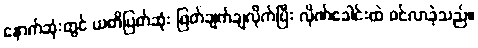
နောက်ဆုံးတွင် ယတိပြတ်ဆုံး ဖြတ်ချက်ချလိုက်ပြီး လိုဏ်ခေါင်းထဲ ဝင်လာခဲ့သည်။